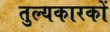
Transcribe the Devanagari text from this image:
तुल्यकारकों